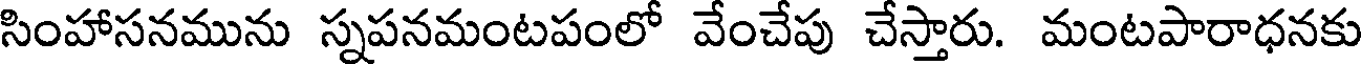
సింహాసనమును స్నపనమంటపంలో వేంచేపు చేస్తారు. మంటపారాధనకు